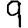
Digit: 9